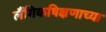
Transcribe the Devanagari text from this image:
लैंगिकषिक्षणाच्या